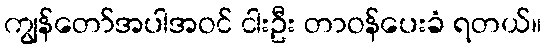
ကျွန်တော်အပါအဝင် ငါးဦး တာဝန်ပေးခံ ရတယ်။